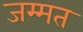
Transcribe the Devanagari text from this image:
जम्‍मत